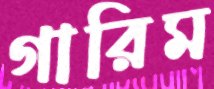
গারিম